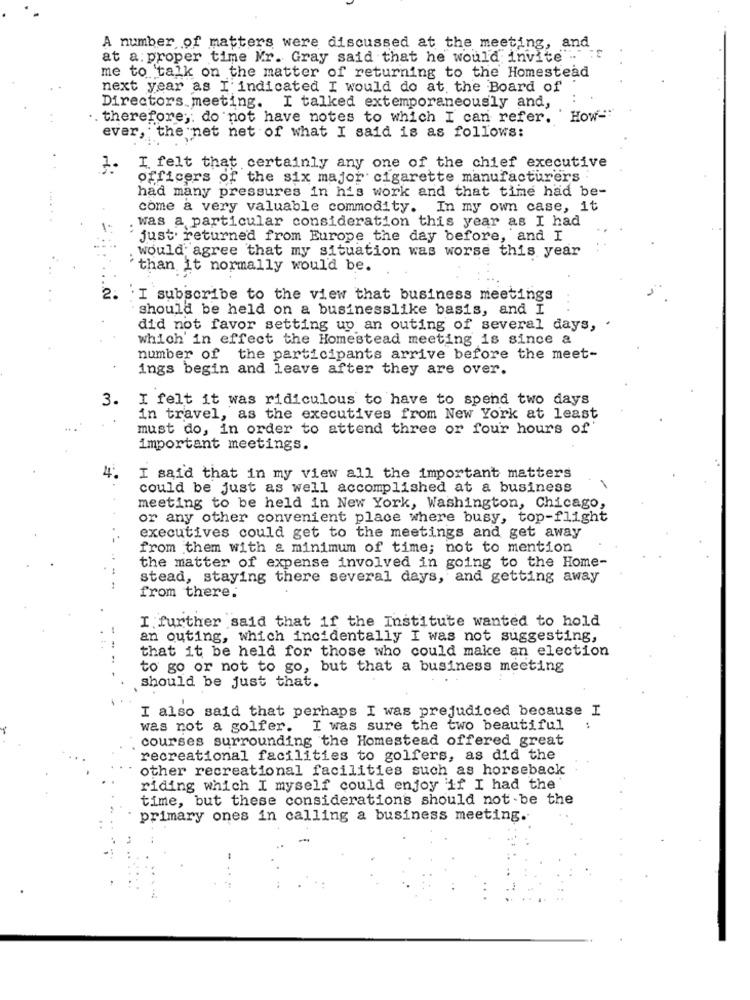
A number of matters were discussed at the meeting, and
--
at a proper time Mr. Gray said that he would invite "
me to talk on the matter of returning to the Homestead
next year as I' indicated I would do at the Board of
Directors meeting. I talked extemporaneously and,
. therefore ,; do not have notes to which I can refer. ' How=""
ever, the net net of what I said is as follows:
I felt that certainly any one of the chief executive
officers of the six major cigarette manufacturers .
had many pressures in his work and that time had be-
come a very valuable commodity. In my own case, it
was a particular consideration this year as I had
just returned from Europe the day before, and I
would agree that my situation was worse this year
`than it normally would be.
2. I subscribe to the view that business meetings
should be held on a businesslike basis, and I
did not favor setting up an outing of several days, .
which' in effect the Homestead meeting is since a
number of the participants arrive before the meet-
ings begin and leave after they are over.
3.
I felt it was ridiculous to have to spend two days
in travel, as the executives from New York at least
must do, in order to attend three or four hours of
important meetings.
44
I said that in my view all the important matters
could be just as well accomplished at a business
meeting to be held in New York, Washington, Chicago,
or any other convenient place where busy, top-flight
executives could get to the meetings and get away
from them with & minimum of time; not to mention
the matter of expense involved in going to the Home-
stead, staying there several days, and getting away
from there.
I. further said that if the Institute wanted to hold
an outing, which incidentally I was not suggesting,
that it be held for those who could make an election
to go or not to go, but that a business meeting
should be just that.
I also said that perhaps I was prejudiced because I
was not a golfer.
. I was sure the two beautiful
courses surrounding the Homestead offered great
recreational facilities to golfers, as did the
other recreational facilities such as horseback
riding which I myself could enjoy if I had the
time, but these considerations should not be the
primary ones in calling a business meeting.